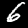
Label: 6